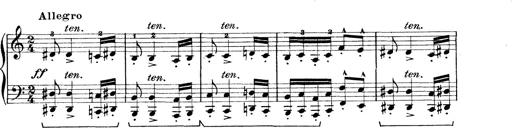
Title: Rapsodie: 19 ungheresi, 1 spagnuola
Composer: Franz Liszt